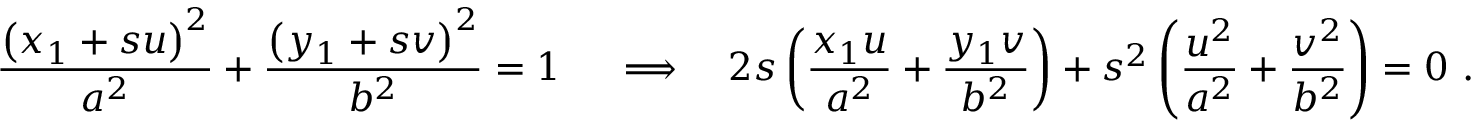
{ \frac { \left( x _ { 1 } + s u \right) ^ { 2 } } { a ^ { 2 } } } + { \frac { \left( y _ { 1 } + s v \right) ^ { 2 } } { b ^ { 2 } } } = 1 \ \quad \Longrightarrow \quad 2 s \left( { \frac { x _ { 1 } u } { a ^ { 2 } } } + { \frac { y _ { 1 } v } { b ^ { 2 } } } \right) + s ^ { 2 } \left( { \frac { u ^ { 2 } } { a ^ { 2 } } } + { \frac { v ^ { 2 } } { b ^ { 2 } } } \right) = 0 \ .